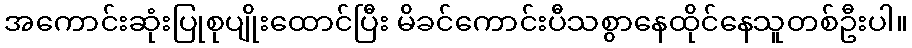
အကောင်းဆုံးပြုစုပျိုးထောင်ပြီး မိခင်ကောင်းပီသစွာနေထိုင်နေသူတစ်ဦးပါ။